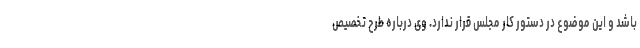
باشد و این موضوع در دستور کار مجلس قرار ندارد. وی درباره طرح تخصیص